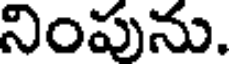
నింపును.